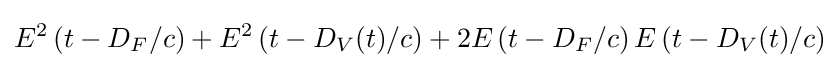
E^{2}\left(t-D_{F}/c\right)+E^{2}\left(t-D_{V}(t)/c\right)+2E\left(t-D_{F}/c\right)E\left(t-D_{V}(t)/c\right)